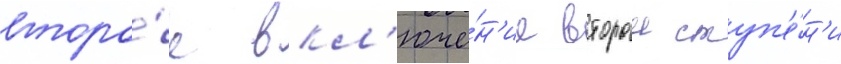
второ́е вкл'юче́н'ие второи ступ'е́н'и